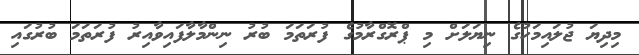
މިދިޔަ ޖުލައިމަހުގެ ނިޔަލަށް މި ޕްރޮގްރާމުގެ ފުރަތަމަ ބުރު ނިންމާލާފައިވާއިރު ފުރަތަމަ ބުރުގައި